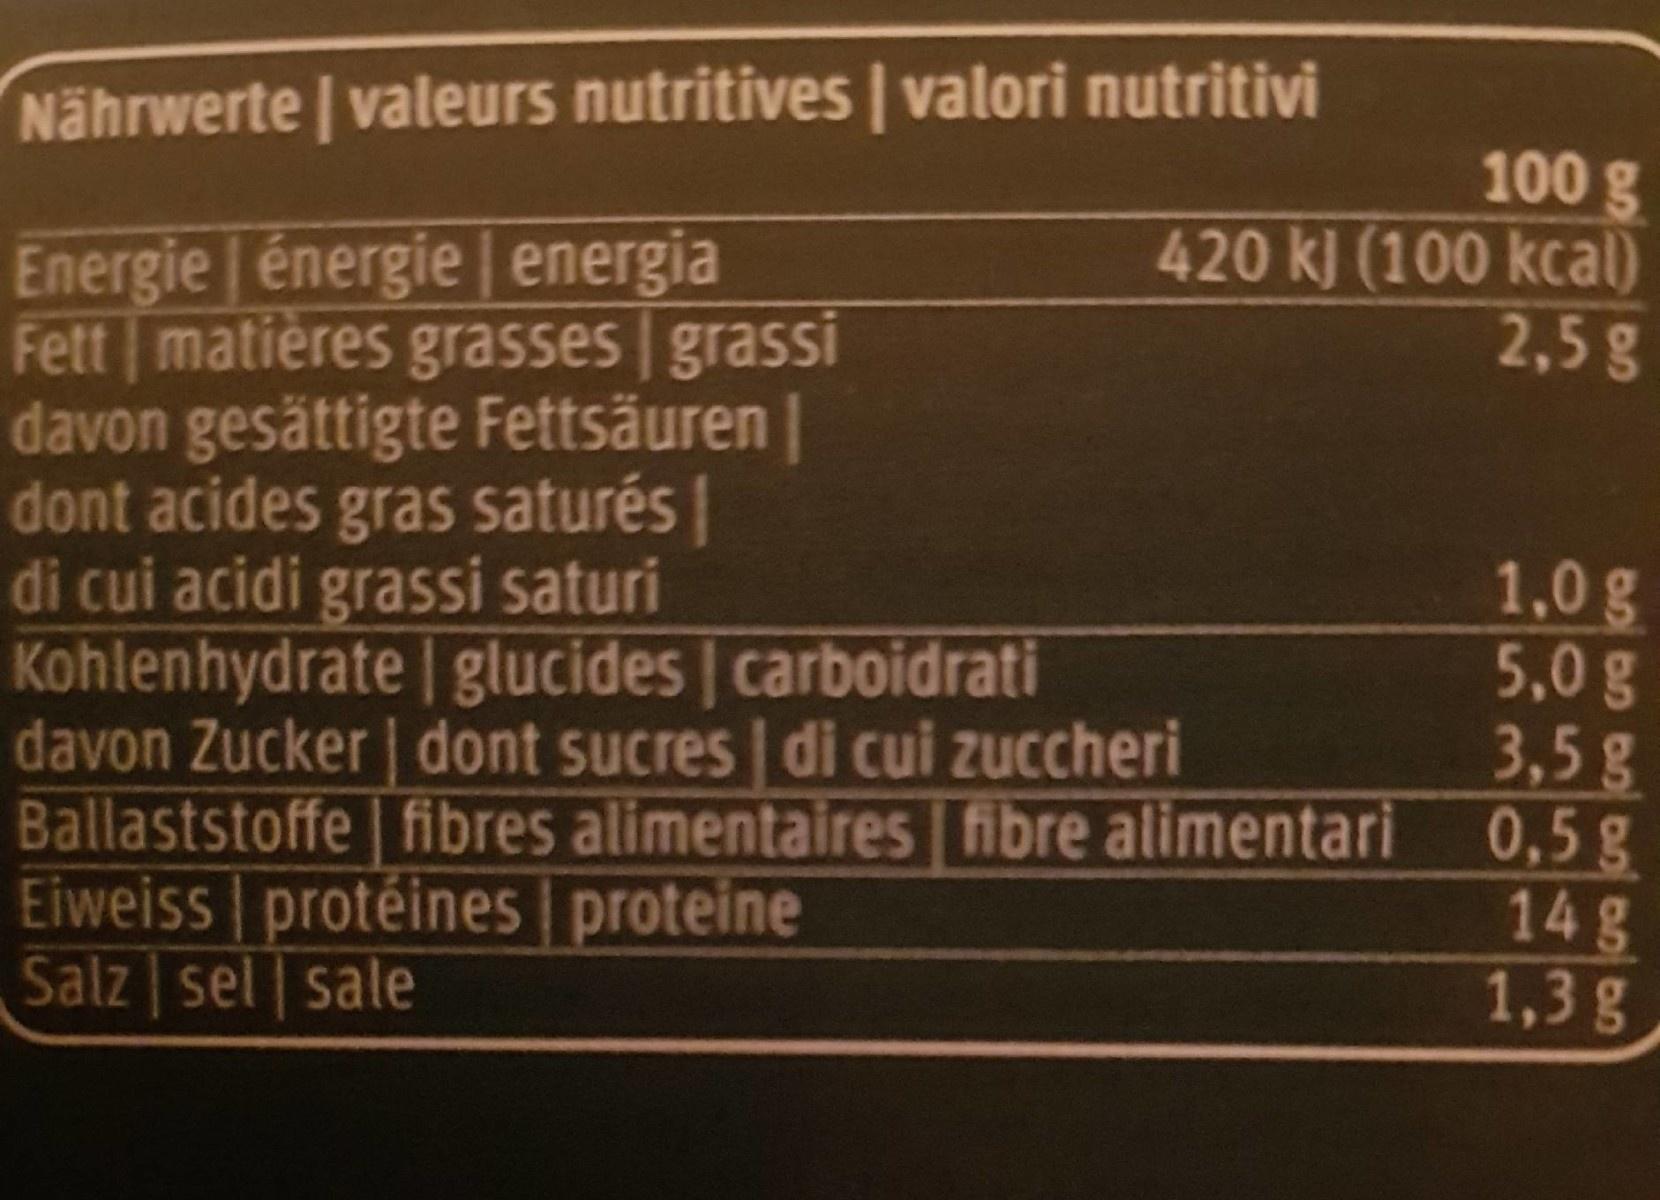
Nährwerte | valeurs nutritives | valori nutritivi
100 g 420 kJ (100 kcal) 2,5g
Energie énergie | energia Fett matières grasses grassi davon gesättigte Fettsäuren | dont acides gras saturés di cui acidi grassi saturi Kohlenhydrate glucides | carboidrati davon Zucker dont sucres di cui zuccheri Ballaststoffe fibres alimentaires fibre alimentari 0,5 g Eiweiss protéines proteine Salz sel sale
1,0 g 5,0g 3,5g
14g 1,3g